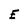
Character: E